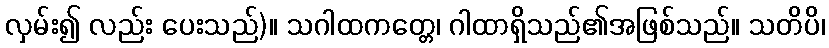
လှမ်း၍ လည်း ပေးသည်)။ သဂါထကတ္တေ၊ ဂါထာရှိသည်၏အဖြစ်သည်။ သတိပိ၊